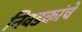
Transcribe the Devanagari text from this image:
निवडकांचे